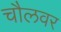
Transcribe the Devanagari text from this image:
चौलवर